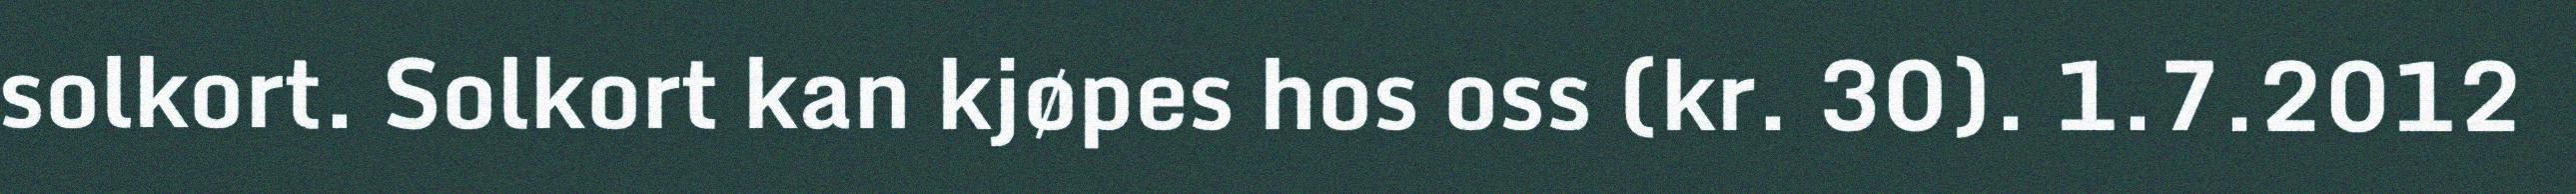
solkort. Solkort kan kjøpes hos oss (kr. 30). 1.7.2012